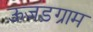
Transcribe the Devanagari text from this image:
ऊजड़ग्राम